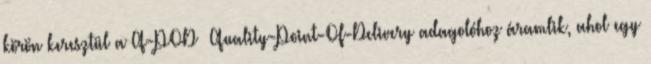
körön keresztül a Q-POD® Quality-Point-Of-Delivery adagolóhoz áramlik, ahol egy